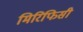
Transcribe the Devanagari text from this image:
मिरिफिसी